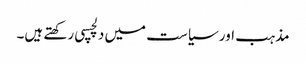
مذہب اور سیاست میں دلچسپی رکھتے ہیں۔